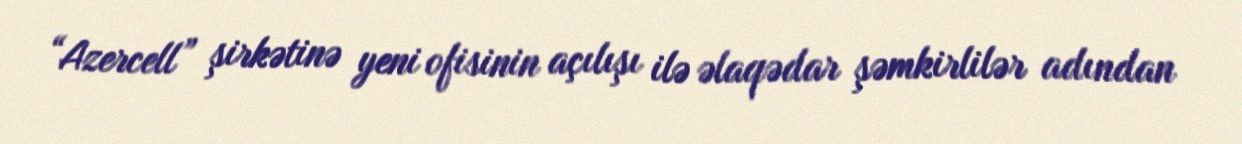
“Azercell” şirkətinə yeni ofisinin açılışı ilə əlaqədar şəmkirlilər adından